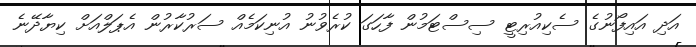
އަދި އައިފޯނުގެ ސެކިއުރިޓީ ސިސްޓަމުން ފާހަގަ ކުރެވުނު އުނިކަމެއް ސަރުކާރުން އެޕަލްއަށް ކިޔާދޭނެ